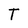
Character: T